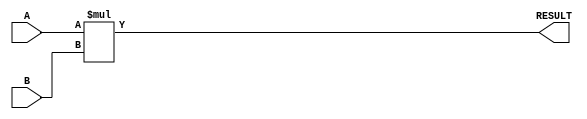
module Parameterized_Multiplier #(
    parameter DATA_WIDTH_A = 8,       // Bit-width for operand A
    parameter DATA_WIDTH_B = 8,       // Bit-width for operand B
    parameter RESULT_WIDTH = DATA_WIDTH_A + DATA_WIDTH_B // Bit-width for result
)(
    input  [DATA_WIDTH_A-1:0] A,      // Operand A
    input  [DATA_WIDTH_B-1:0] B,      // Operand B
    output [RESULT_WIDTH-1:0] RESULT  // Product Result
);

    // Combinational logic for multiplication
    assign RESULT = A * B; // Use synthesizable multiplication

endmodule